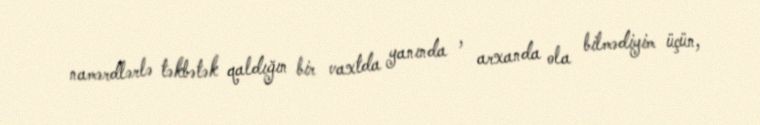
namərdlərlə təkbətək qaldığın bir vaxtda yanında , arxanda ola bilmədiyim üçün,